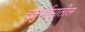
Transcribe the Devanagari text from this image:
चतुर्मासातील